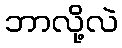
ဘာလို့လဲ